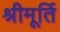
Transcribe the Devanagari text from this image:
श्रीमूर्ति